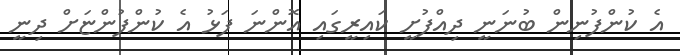
އެ ކުންފުނިން ބުނަނީ ދިއްފުށީ ކައިރީގައި އޮންނަ ފަޅު އެ ކުންފުންޏަށް ދިނީ